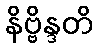
နိဗ္ဗိန္ဒတိ